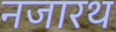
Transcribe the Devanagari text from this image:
नजारथ